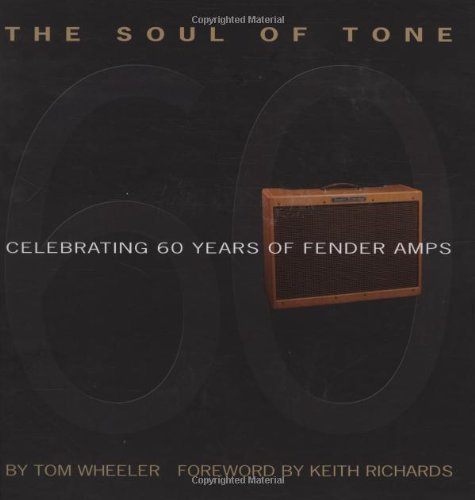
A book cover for The Soul of Tone: Celebrating 60 Years of Fender Amps (Book & CD); Tom Wheeler; Arts & Photography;